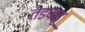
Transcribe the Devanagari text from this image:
तडफडू